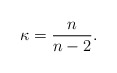
\begin{align*}\kappa =\frac{n}{n-2}. \end{align*}